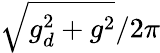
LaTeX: \sqrt{g_{d}^{2}+g^{2}}/2\pi